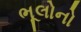
ભૂલોનો